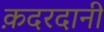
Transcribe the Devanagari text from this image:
क़दरदानी